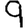
Digit: 9